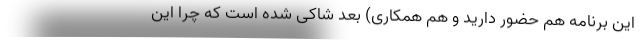
این برنامه هم حضور دارید و هم همکاری) بعد شاکی شده است که چرا این